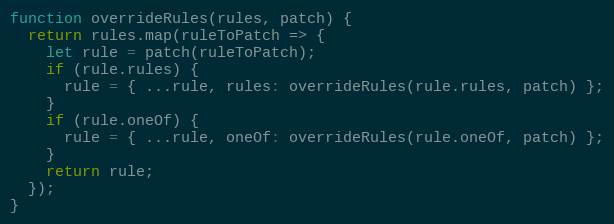
Language: JavaScript
function overrideRules(rules, patch) {
  return rules.map(ruleToPatch => {
    let rule = patch(ruleToPatch);
    if (rule.rules) {
      rule = { ...rule, rules: overrideRules(rule.rules, patch) };
    }
    if (rule.oneOf) {
      rule = { ...rule, oneOf: overrideRules(rule.oneOf, patch) };
    }
    return rule;
  });
}